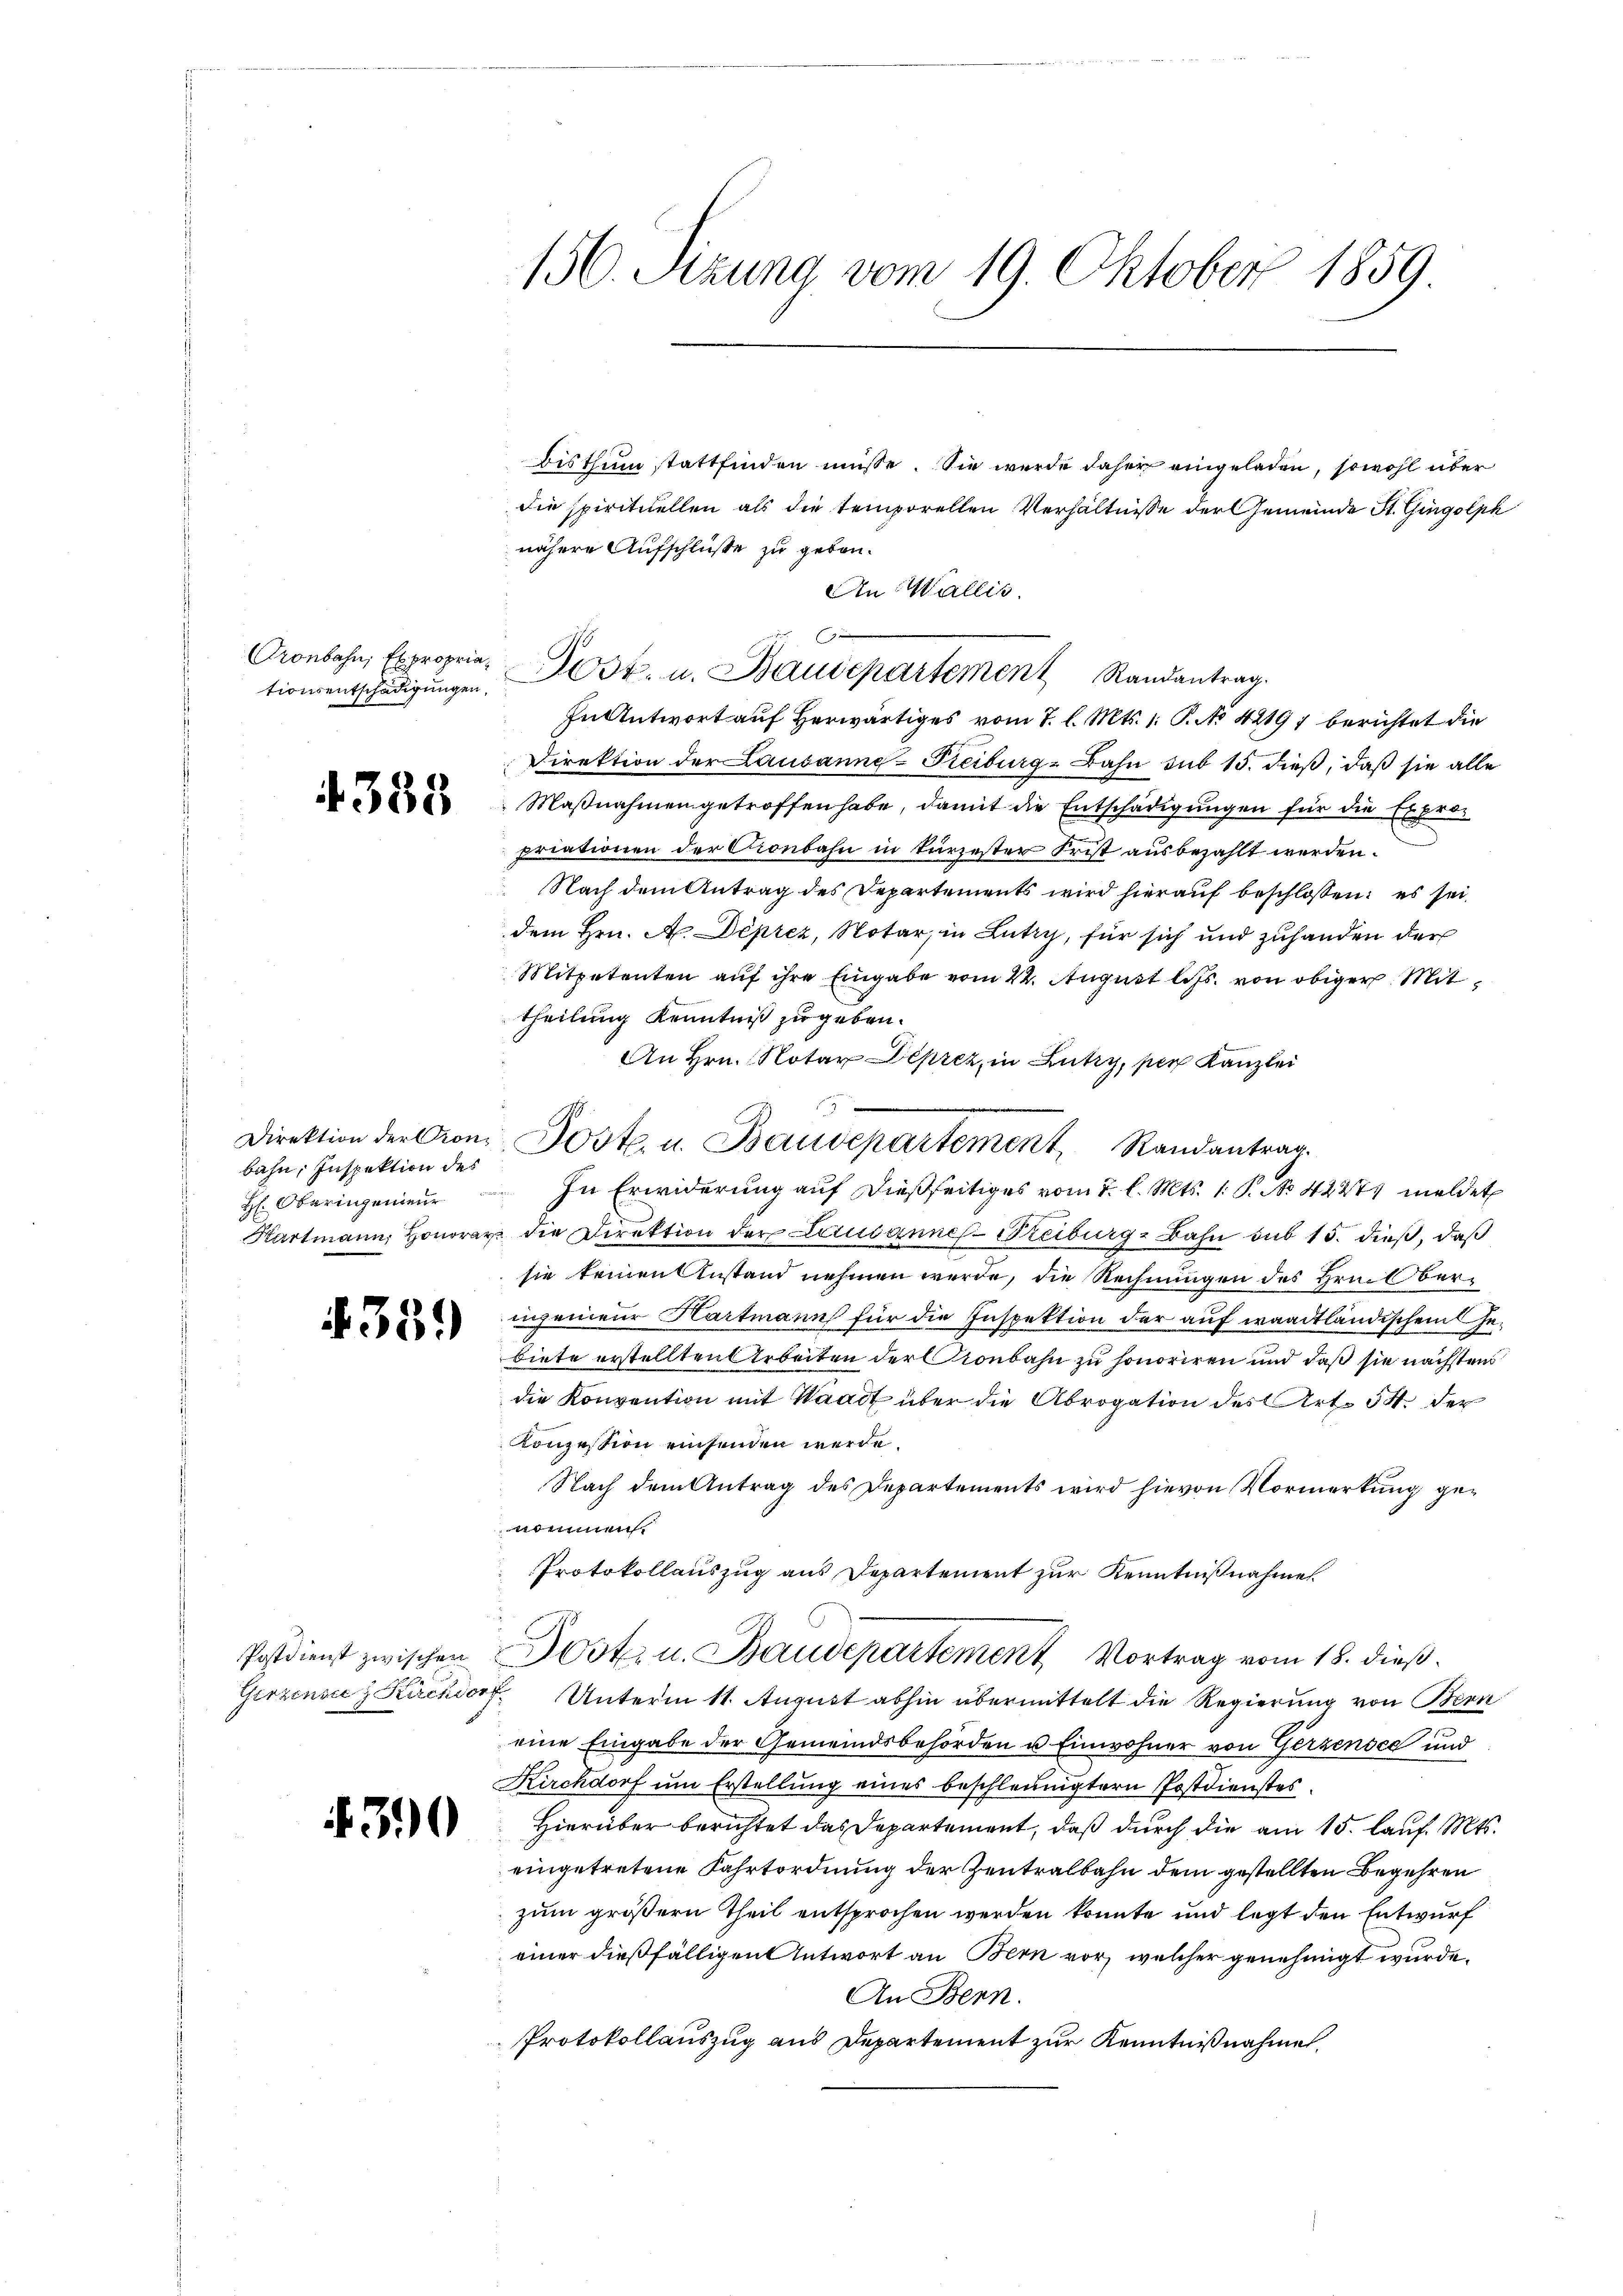
tionsentschädigungen,

4388

bahn, Inspektion des

359

Postdienst zwischen
Gerzensee z Kirchdor

390

150. Sizung vom 19. Oktober 1859

Bisthum stattfinden müsse. Sie wurde daher eingeladen, sowohl über
die spirituellen als die temporellen Verhältnisse der Gemeinde St. Gingolph
nähere Aufschlüße zu geben.
An Wallis.
ronbahn Expropria Post. u. Baudepartement Randantrag.
In Antwort auf herwärtiges vom 7. l. Mts. 1. P. No 42197 berichtet die
Direktion der Lausanne-Freiburg-Bahn sub 15. dieß, daß sie alle
Maßnahmen getroffen habe, damit die Entschädigungen für die Expropriationen der Cionbahn in kürzester Frist ausbezahlt werden.
Nach dem Antrag des Departements wird hierauf beschlossen: es sei
dem Hrn. A. Deprez, Notar, in Lutry, für sich und zuhanden der
Mitpetenten auf ihre Eingabe vom 22. August les von obiger Mittheilung Kenntniß zu geben.
An Hrn. Notar Deprez, in Lutry, per Kanzlei
Direktion der Con-Poste. u. Baudepartement Randantrag.
H: Oberingenieŭr  In Erwiderung auf dießseitiges vom 7. l. Mts. 1. P. No. 42274 meldet
Hartmann, Honorar die Direktion der Litusannes-Freiburg-Bahn sub 15. dieβ, daß
sie keinen Anstand nehmen werde, die Rechnungen des Hrn. Oberingenieur Hartmann für die Inspektion der auf waadtländischen Gebiete erstellten Arbeiten der Kronbahn zu honoriren und daß sie nächstens
die Konvention mit Waadt über die Abrogation des Art. 54. der
Konzession einsenden werde.
Nach dem Antrag des Departements wird hievon Vormerkung genommen.
Protokollauszug aus Departement zur Kenntnißnahme
Dost. u. Baudepartement Vortrag vom 18. dieß.
 Unterm 11. August abhin übermittelt die Regierung von Bern
eine Eingabe der Gemeindsbehörden u. Einwohner von Gerzensee und
Kirchdorf um Erstellung eines beschleunigtern Postdienstes.
Hierüber berichtet das Departement, daß durch die am 15. lauf. Mts.
eingetretene Fahrtordnung der Zentralbahn dem gestellten Begehren
zum größern Theil entsprochen werden könnte und legt den Entwurf
einer dießfälligen Antwort an Bern vor, welcher genehmigt wurde.
An Bern.
Protokollauszug aus Departement zur Kenntnißnahme.

e |